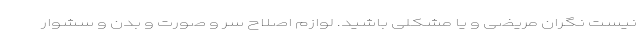
نیست نگران مریضی و یا مشکلی باشید. لوازم اصلاح سر و صورت و بدن و سشوار